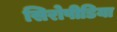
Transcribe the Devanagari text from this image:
सिरोपीडिया